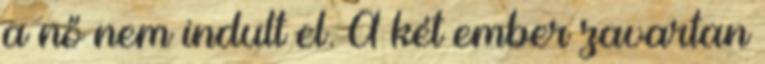
a nő nem indult el. A két ember zavartan